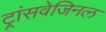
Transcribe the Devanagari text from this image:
ट्रांसवेजिनल